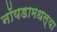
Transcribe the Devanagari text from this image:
नॉयडामधल्या